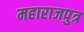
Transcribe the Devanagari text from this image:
महाराजपुत्र